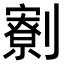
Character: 𠠙